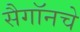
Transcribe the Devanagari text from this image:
सैगॉनचे